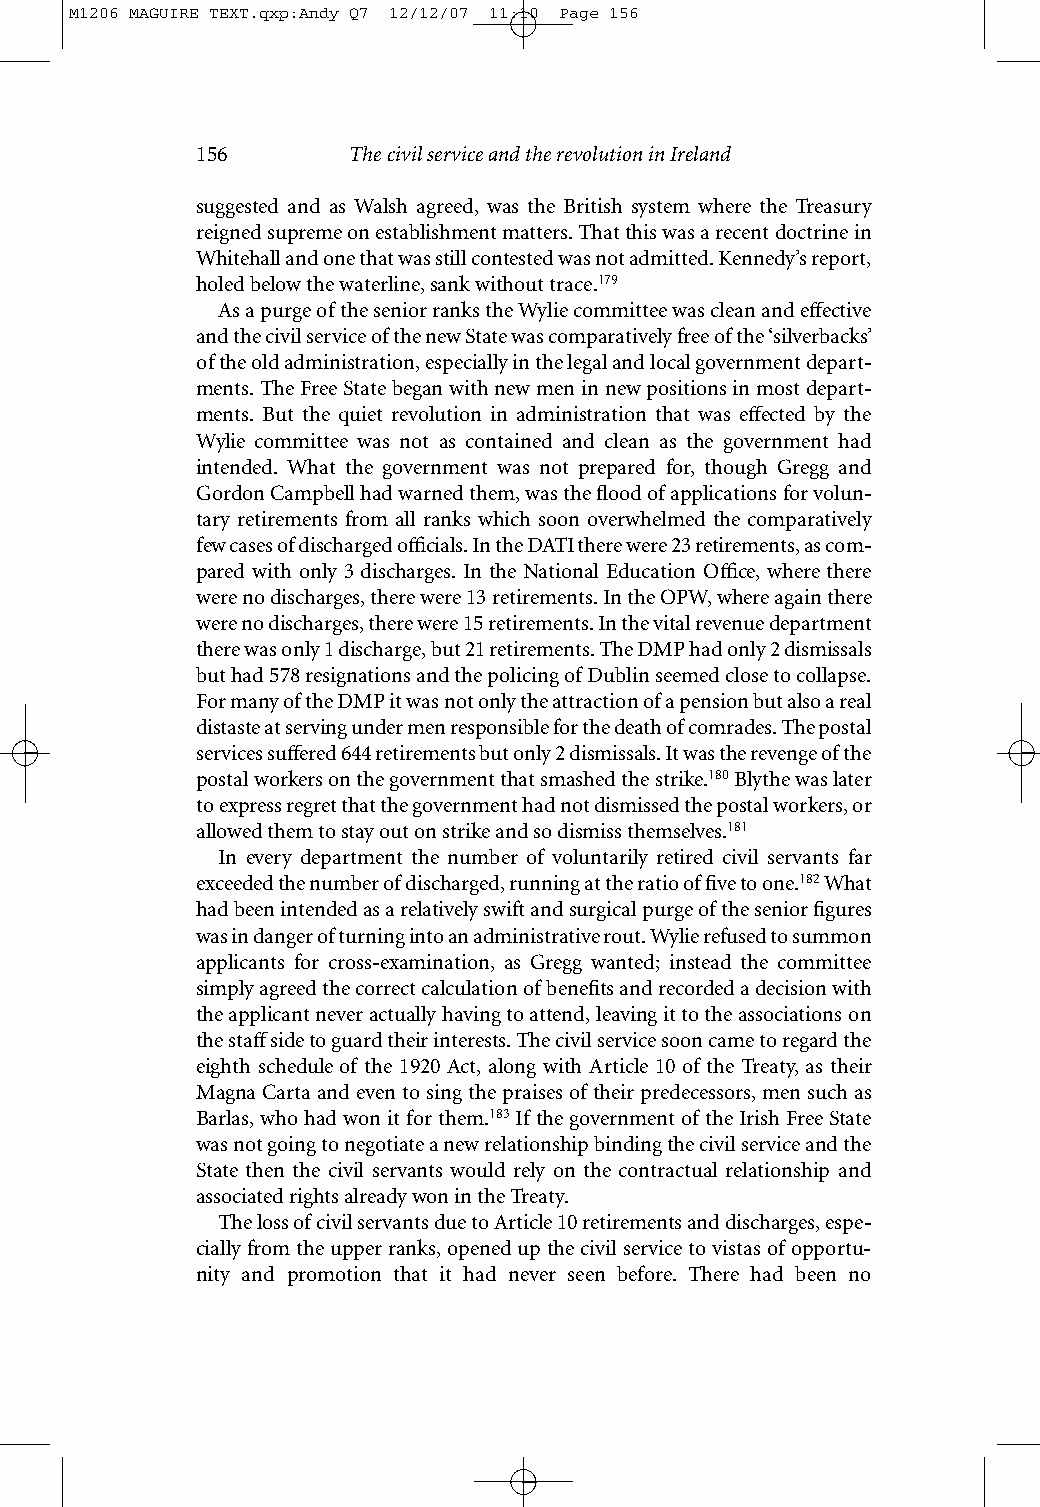
M1206 MAGUIRE TEXT.qxp:Andy Q7 12/12/07 11:10 Page 156
 156       The civil service and the revolution in Ireland
 suggested and as Walsh agreed, was the British system where the Treasury
 reigned supreme on establishment matters. That this was a recent doctrine in
 Whitehall and one that was still contested was not admitted. Kennedy’s report,
 holed below the waterline, sank without trace.179
 As a purge of the senior ranks the Wylie committee was clean and effective
 and the civil service of the new State was comparatively free of the ‘silverbacks’
 of the old administration, especially in the legal and local government depart-
 ments. The Free State began with new men in new positions in most depart-
 ments. But the quiet revolution in administration that was effected by the
 Wylie committee was not as contained and clean as the government had
 intended. What the government was not prepared for, though Gregg and
 Gordon Campbell had warned them, was the flood of applications for volun-
 tary retirements from all ranks which soon overwhelmed the comparatively
 few cases of discharged officials. In the DATI there were 23 retirements, as com-
 pared with only 3 discharges. In the National Education Office, where there
 were no discharges, there were 13 retirements. In the OPW, where again there
 were no discharges, there were 15 retirements. In the vital revenue department
 there was only 1 discharge, but 21 retirements. The DMP had only 2 dismissals
 but had 578 resignations and the policing of Dublin seemed close to collapse.
 For many of the DMP it was not only the attraction of a pension but also a real
 distaste at serving under men responsible for the death of comrades. The postal
 services suffered 644 retirements but only 2 dismissals. It was the revenge of the
 postal workers on the government that smashed the strike.180Blythe was later
 to express regret that the government had not dismissed the postal workers, or
 allowed them to stay out on strike and so dismiss themselves.181
 In every department the number of voluntarily retired civil servants far
 exceeded the number of discharged, running at the ratio of five to one.182What
 had been intended as a relatively swift and surgical purge of the senior figures
 was in danger of turning into an administrative rout. Wylie refused to summon
 applicants for cross-examination, as Gregg wanted; instead the committee
 simply agreed the correct calculation of benefits and recorded a decision with
 the applicant never actually having to attend, leaving it to the associations on
 the staffside to guard their interests. The civil service soon came to regard the
 eighth schedule of the 1920 Act, along with Article 10 of the Treaty, as their
 Magna Carta and even to sing the praises of their predecessors, men such as
 Barlas, who had won it for them.183If the government of the Irish Free State
 was not going to negotiate a new relationship binding the civil service and the
 State then the civil servants would rely on the contractual relationship and
 associated rights already won in the Treaty.
 The loss of civil servants due to Article 10 retirements and discharges, espe-
 cially from the upper ranks, opened up the civil service to vistas of oppor tu-
 nity and promotion that it had never seen before. There had been no